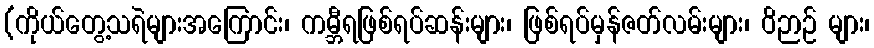
(ကိုယ်တွေ့သရဲများအကြောင်း၊ ကမ္ဘီရဖြစ်ရပ်ဆန်းများ၊ ဖြစ်ရပ်မှန်ဇတ်လမ်းများ၊ ဝိဉာဉ် များ၊